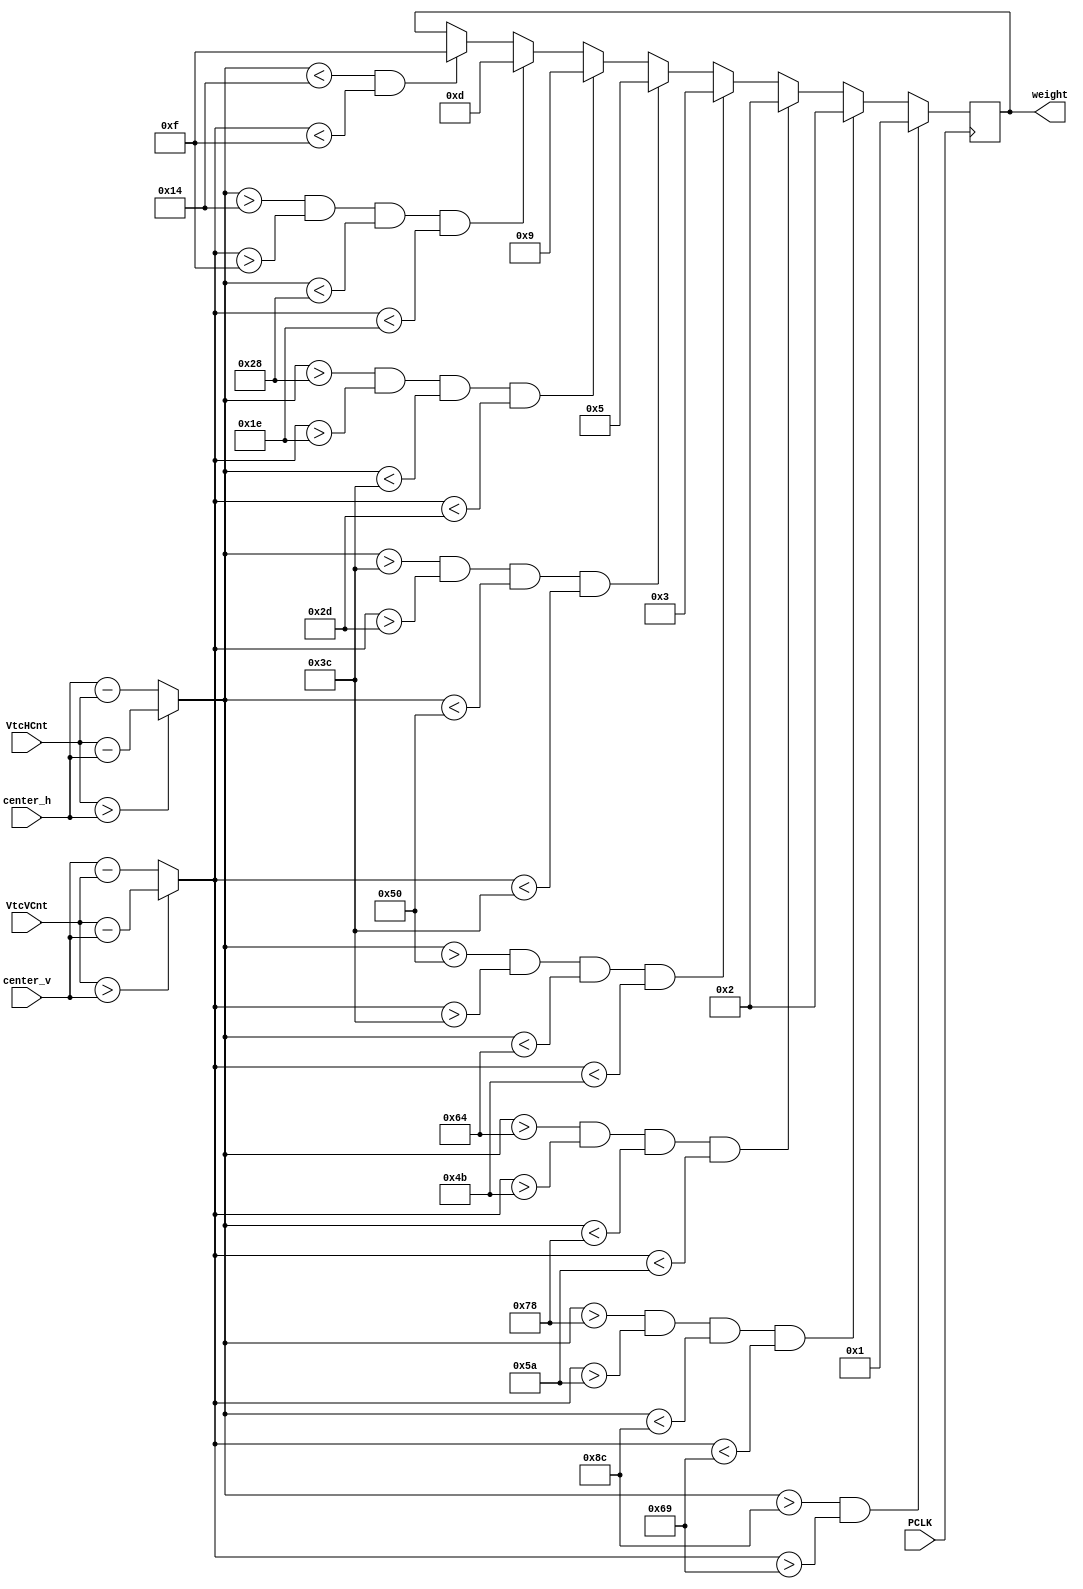
`timescale 1ns / 1ps

module weight_cal(
    input PCLK,
input [11:0] VtcHCnt,
input [11:0] VtcVCnt,
input [11:0]    center_h, 
input [11:0]   center_v, 	
 output reg[3:0]  weight
);
wire [11:0]diff_h;
wire [11:0]diff_v;
assign diff_h = (VtcHCnt > center_h)? (VtcHCnt - center_h):(center_h - VtcHCnt);
assign diff_v = (VtcVCnt > center_v)? (VtcVCnt - center_v):(center_v - VtcVCnt);


always@(posedge PCLK)begin
if(diff_h <20 && diff_v<15)
weight <= 4'b1111;
if(diff_h >20 && diff_v>15 && diff_h <40 && diff_v<30)
weight <= 4'b1101;
  if(diff_h >40 && diff_v>30&&diff_h <60 && diff_v<45)
 weight <= 4'b1001;
   if(diff_h >60 && diff_v>45&&diff_h <80 && diff_v<60)
weight <= 4'b0101;
  if(diff_h >80 && diff_v>60&&diff_h <100 && diff_v<75)
weight <= 4'b0011;
  if(diff_h >100 && diff_v>75&&diff_h <120 && diff_v<90)
weight <= 4'b0010;
  if(diff_h >120 && diff_v>90&&diff_h <140 && diff_v<105)
weight <= 4'b0010;

 if(diff_h >140 && diff_v>105)
 weight <= 4'b0001;  
end

endmodule